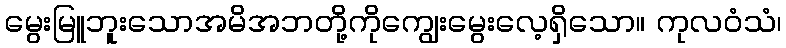
မွေးမြူဘူးသောအမိအဘတို့ကိုကျွေးမွေးလေ့ရှိသော။ ကုလဝံသံ၊